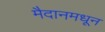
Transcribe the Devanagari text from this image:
मैदानमधून